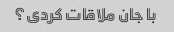
با جان ملاقات کردی؟